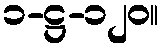
၁-ဋ္ဌ-၁၂၀။